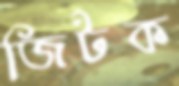
জিটক